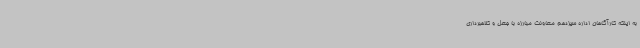
به اینکه کارآگاهان اداره سیزدهم معاونت مبارزه با جعل و کلاهبرداری